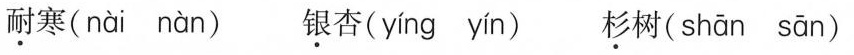
耐寒（nài nàn）银杏( yíng yín ) 杉树( shān sān )